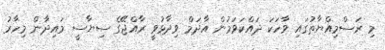
މި ރަސްމިއްޔާތުގައި ވާހަކަ ދައްކަވަމުން އާދަމް ވިދާޅުވީ ރާއްޖޭގެ ސިޔާސީ މައިދާން މިހާރު